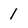
Character: 1